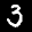
Label: 3